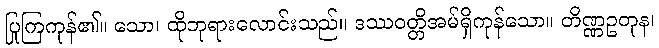
ပြုကြကုန်၏။ သော၊ ထိုဘုရားလောင်းသည်။ ဒဿဝတ္တိအမ်ရှိကုန်သော။ တိဏ္ဏဥတုန၊